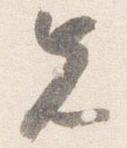
先